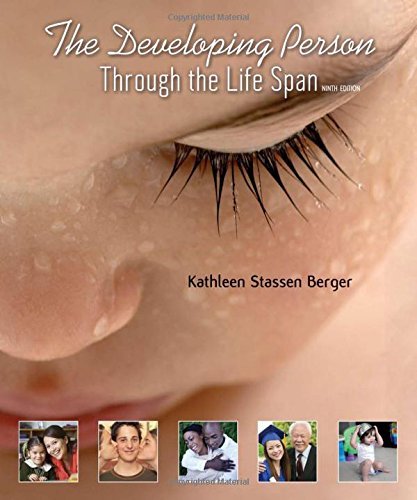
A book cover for The Developing Person Through the Life Span; Kathleen Stassen Berger; Medical Books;